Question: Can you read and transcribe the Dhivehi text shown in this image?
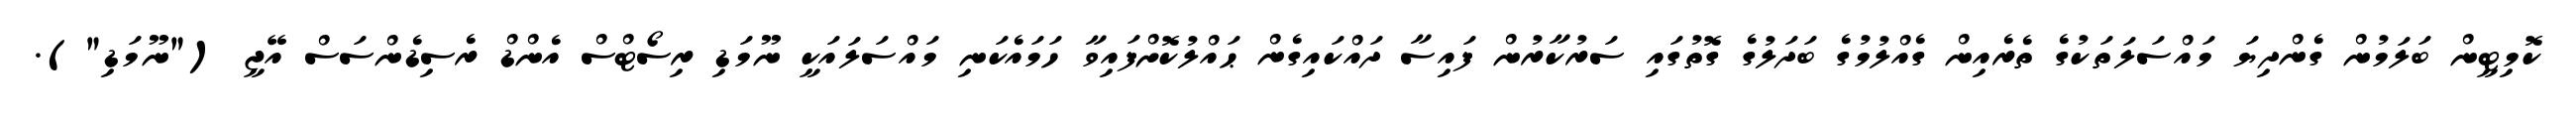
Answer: ކޮމިޓީން ބަލަމުން ގެންދިޔަ މައްސަލަތަކުގެ ތެރެއިން ގެއްލުމުގެ ބަދަލުގެ ގޮތުގައި ސަރުކާރުން ފައިސާ ދައްކައިގެން ޙައްލުކޮށްފައިވާ ހަމައެކަނި މައްސަލައަކީ ނޫމަޑި ރިސޯޓްސް އެންޑް ރެސިޑެންސަސް އޭޖީ ("ނޫމަޑި").